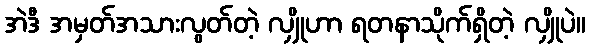
အဲဒီ အမှတ်အသားလွတ်တဲ့ လျှိုဟာ ရတနာသိုက်ရှိတဲ့ လျှိုပဲ။